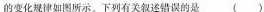
的变化规律如图所示。下列有关叙述错误的是 （）